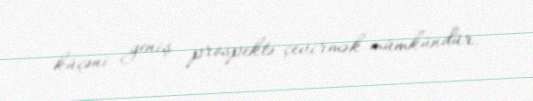
küçəni geniş prospektə çevirmək mümkündür.